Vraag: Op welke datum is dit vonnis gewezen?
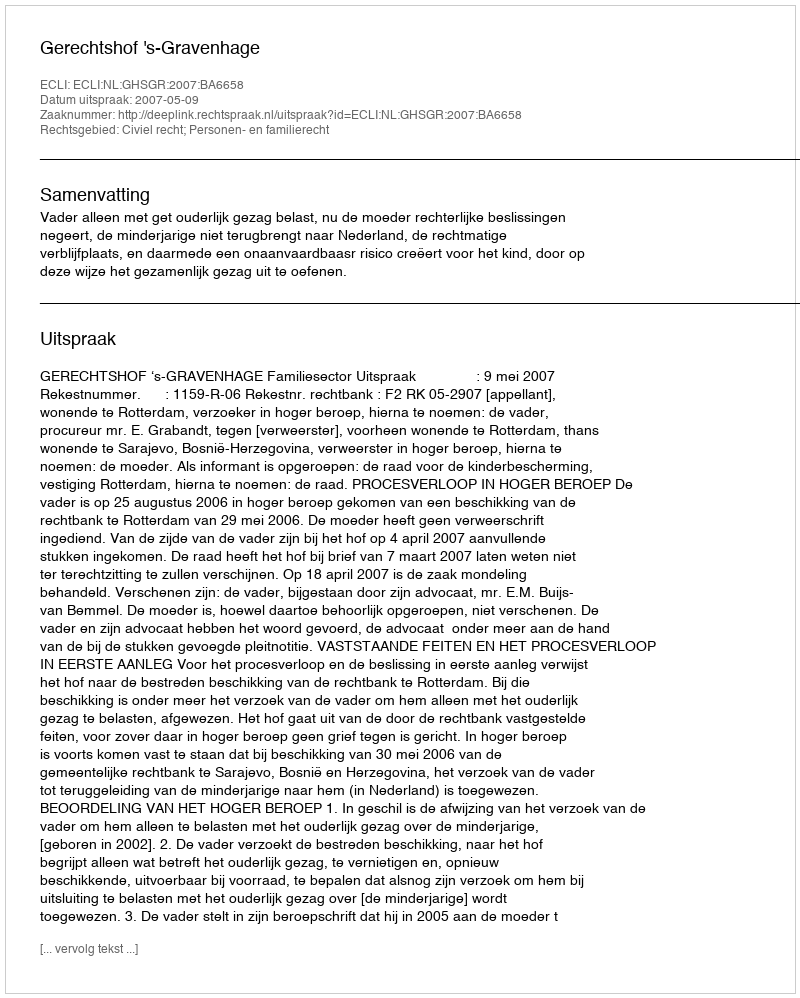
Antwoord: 2007-05-09